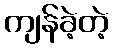
ကျန်ခဲ့တဲ့